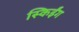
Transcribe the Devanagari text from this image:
स्किईंग